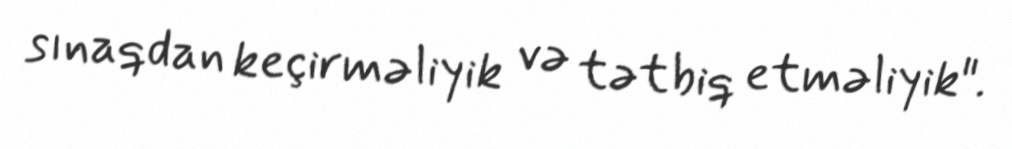
sınaqdan keçirməliyik və tətbiq etməliyik".